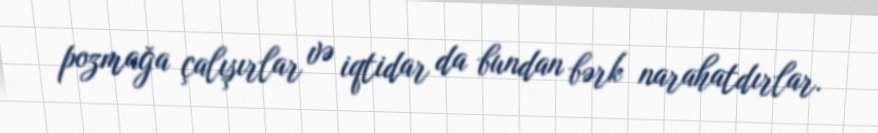
pozmağa çalışırlar və iqtidar da bundan bərk narahatdırlar.